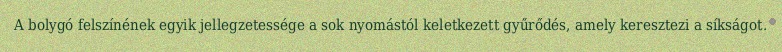
A bolygó felszínének egyik jellegzetessége a sok nyomástól keletkezett gyűrődés, amely keresztezi a síkságot.